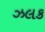
ઝલક